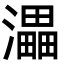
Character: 㵽